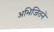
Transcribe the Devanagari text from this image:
अभिजितने